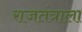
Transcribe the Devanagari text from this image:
राजतंत्राला